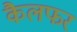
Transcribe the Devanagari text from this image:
कैलफर